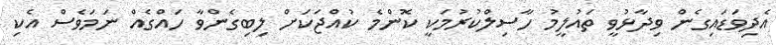
އެދިވަޑައިގެން ވިދާޅުވީ ތައުލީމު ހާސިލްކުރުމަކީ ކޮންމެ ކުއްޖަކަށް ލިބިގެންވާ ހައްގެއް ނަމަވެސް އެކި